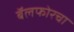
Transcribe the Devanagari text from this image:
बॅलफोरचा